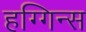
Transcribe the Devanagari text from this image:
हग्गिन्स